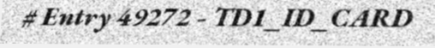
# Entry 49272 - TD1_ID_CARD